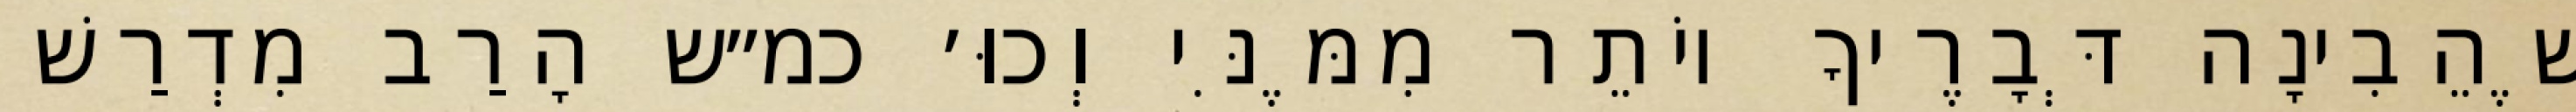
שֶׁהֵבִינָה דְּבָרֶיךָ יוֹתֵר מִמֶּנִּי וְכוּ׳ כמ״ש הָרַב מִדְרַשׁ